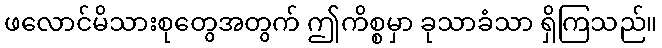
ဖလောင်မိသားစုတွေအတွက် ဤကိစ္စမှာ ခုသာခံသာ ရှိကြသည်။